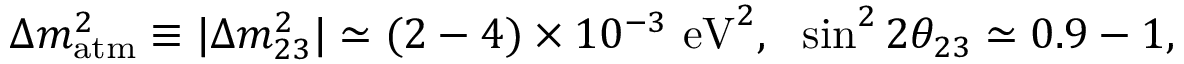
\Delta m _ { \mathrm { a t m } } ^ { 2 } \equiv | \Delta m _ { 2 3 } ^ { 2 } | \simeq ( 2 - 4 ) \times 1 0 ^ { - 3 } \ \mathrm { e V } ^ { 2 } , \ \ \sin ^ { 2 } 2 \theta _ { 2 3 } \simeq 0 . 9 - 1 ,